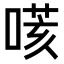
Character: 𠹽